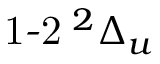
{ \operatorname { 1 - 2 } } \phantom { A } \! \! \! ^ { 2 } \Delta _ { u }